Indian journal of veterinary science and animal husbandry - Volumes 18-21, 1948-1951
Year: 1948
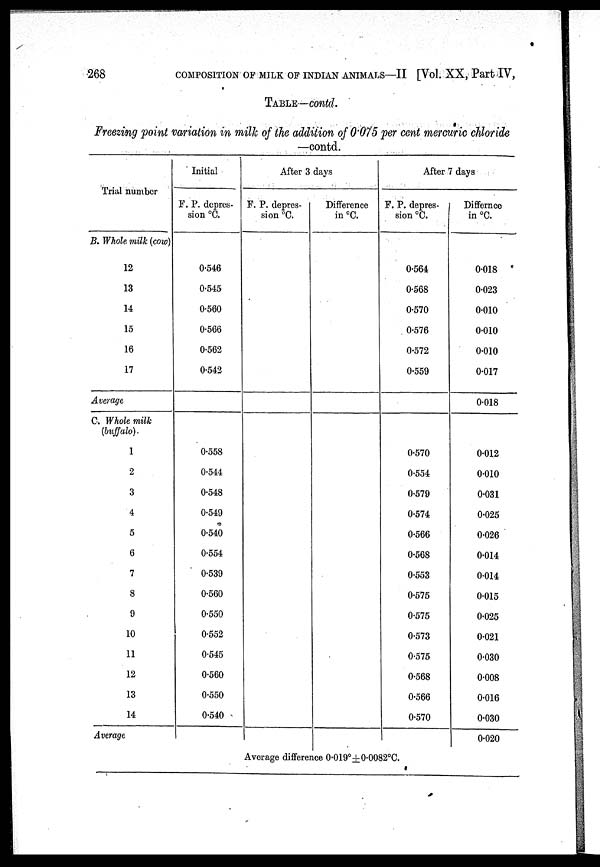
268
COMPOSITION OF MILK OF INDIAN ANIMALS—II [Vol. XX, Part IV,
TABLE—COntd.
Freezing point variation in milk of the addition of 0.075 per cent mercuric chloride
—contd.
Trial number
B. Whole milk (cow)
12
13
14
15
16
17
Average
C. Whole milk
(buffalo).
1
2
3
4
5
6
7
8
9
10
11
12
13
14
Average
Initial
F. P. depres-
sion ºC.
0.546
0.545
0.560
0.566
0.562
0.542
0.558
0.544
0.548
0.549
0.540
0.554
0.539
0.560
0.550
0.552
0.545
0.560
0.550
0.540
After 3 days
F. P. depres¬
sion ºC.
Difference
in ºC.
After 7 days
F. P. depres-
sion ºC.
0.564
0.568
0.570
0.576
0.572
0.559
0.570
0.554
0.579
0.574
0.566
0.568
0.553
0.575
0.575
0.573
0.575
0.568
0.566
0.570
Differnce
in ºC.
0.018
0.023
0.010
0.010
0.010
0.017
0.018
0.012
0.010
0.031
0.025
0.026
0.014
0.014
0.015
0.025
0.021
0.030
0.008
0.016
0.030
0.020
Average difference 0.019º±0.0082ºC.